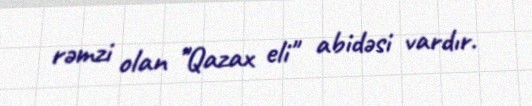
rəmzi olan "Qazax eli" abidəsi vardır.